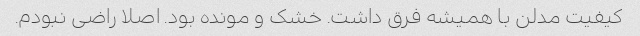
کیفیت مدلن با همیشه فرق داشت. خشک و مونده بود. اصلا راضی نبودم.